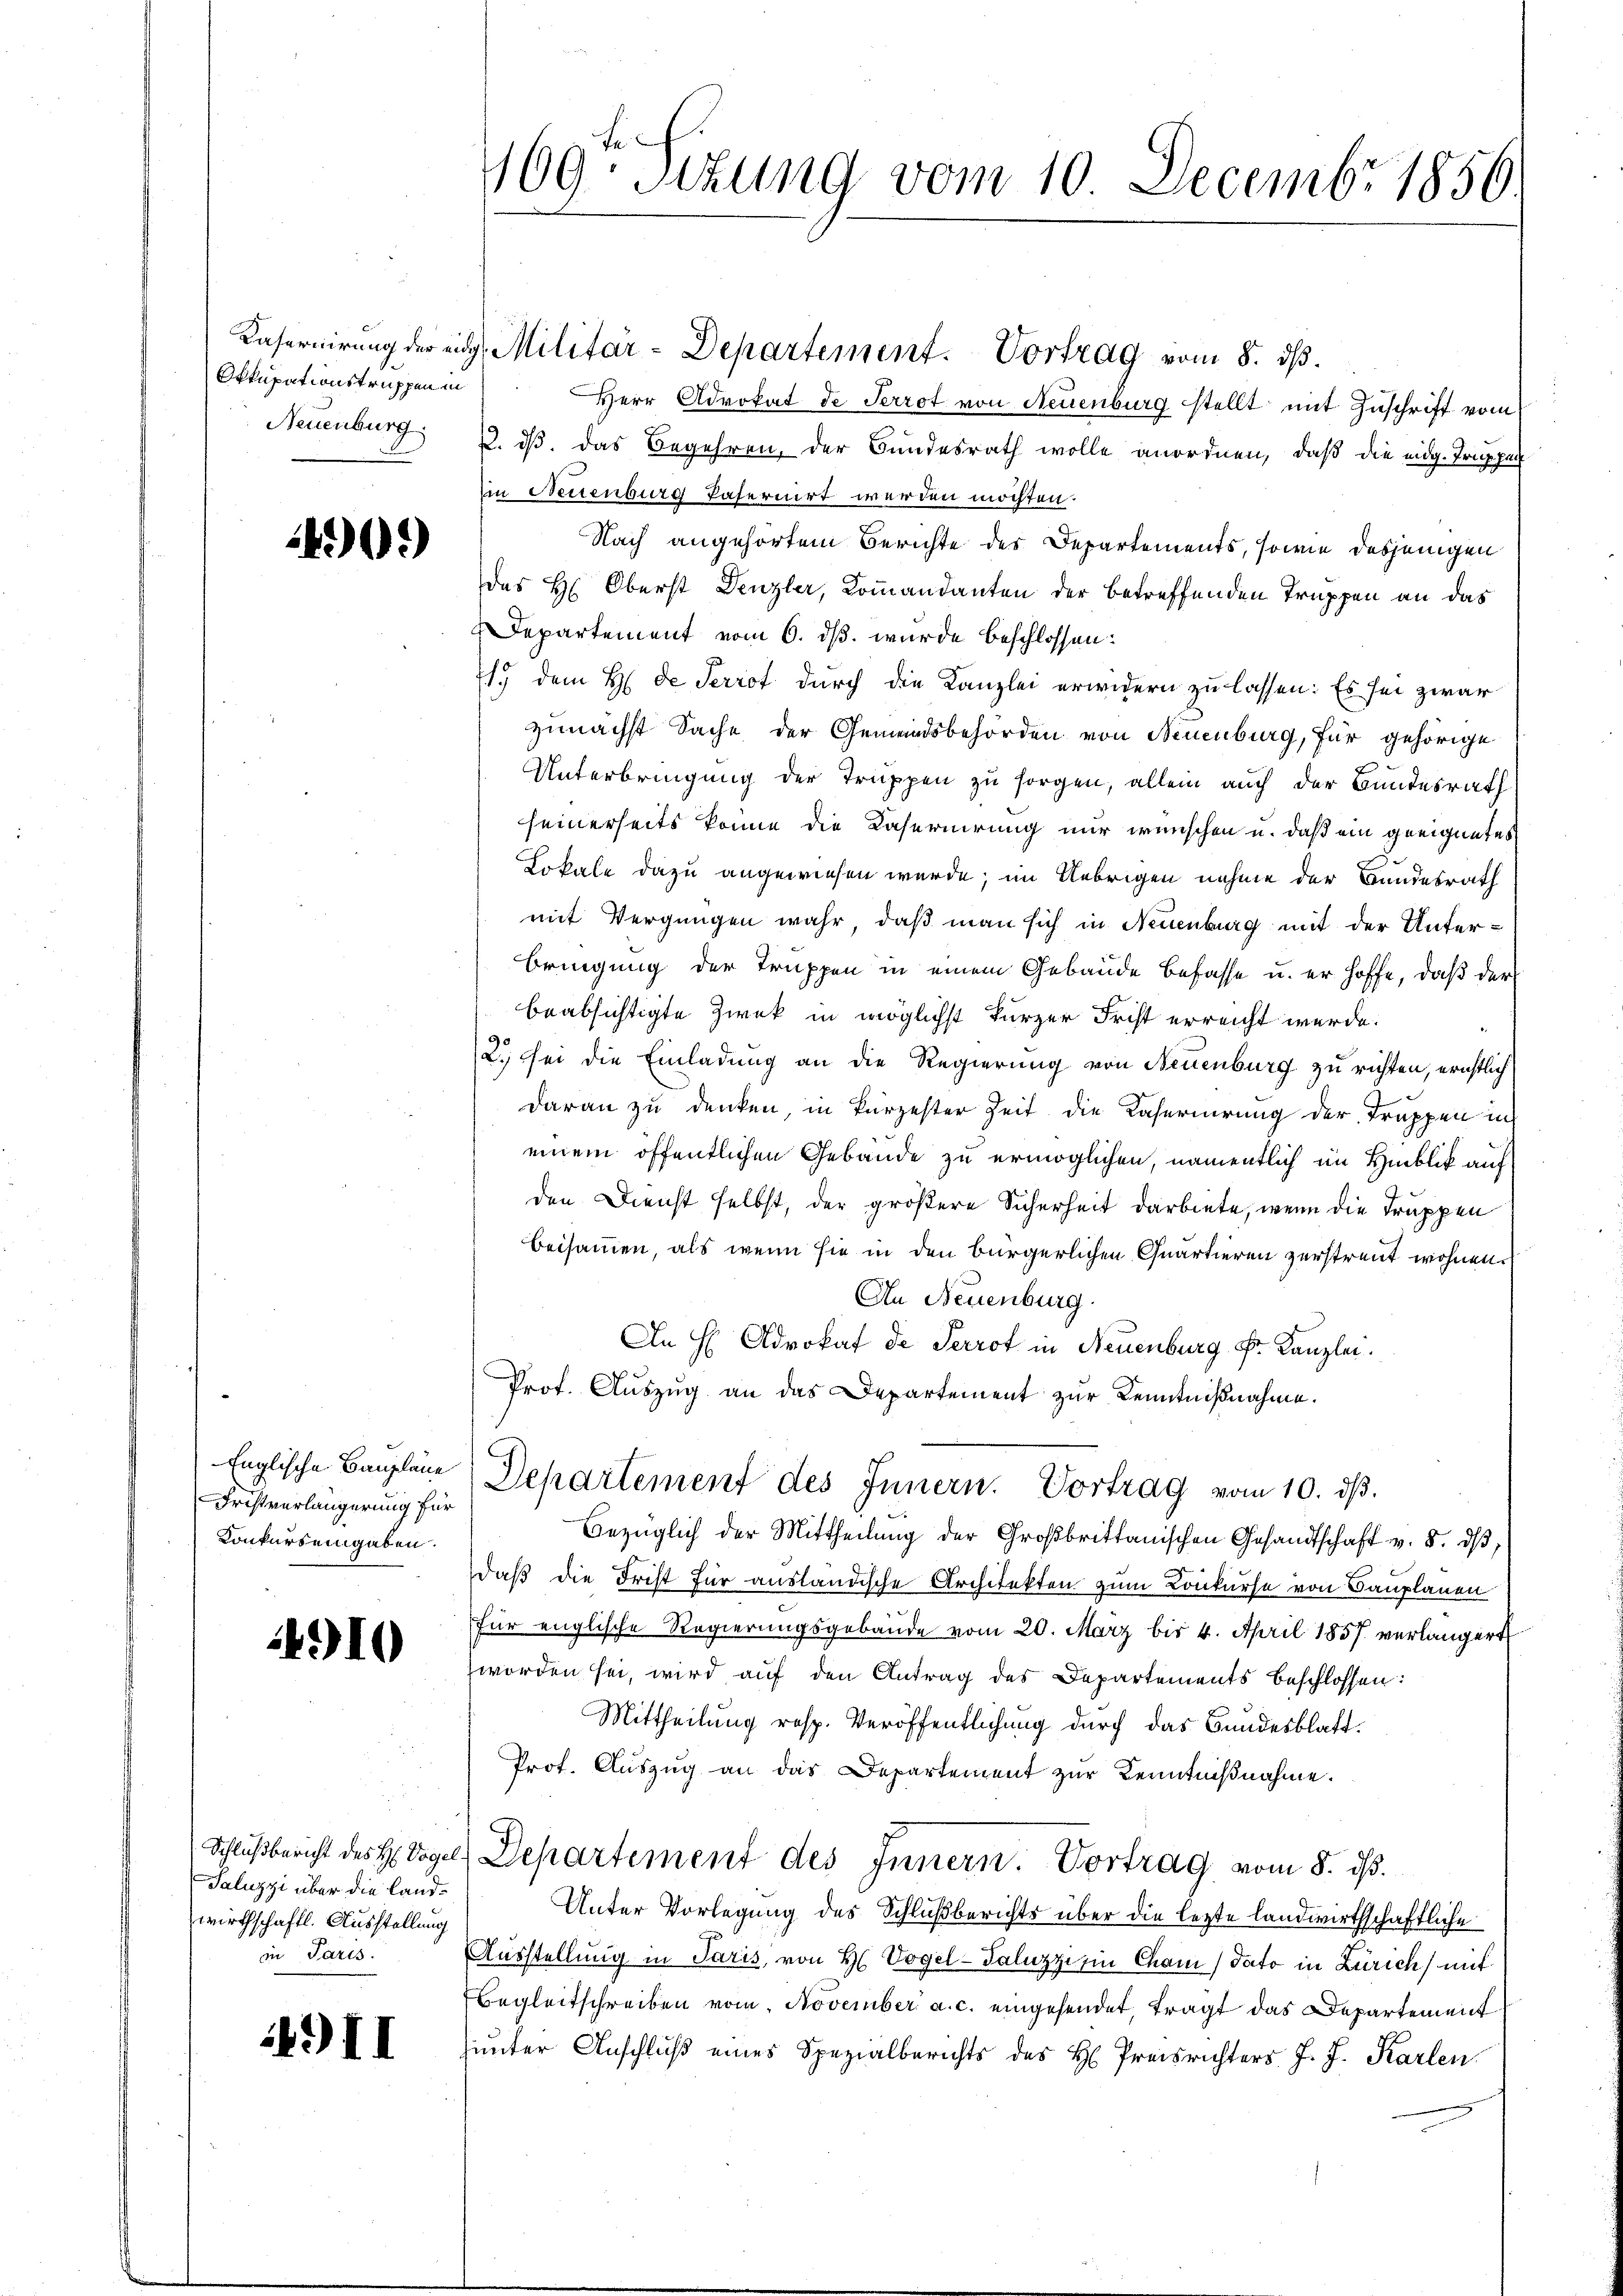
Okkupationstruppen in

490.

Englische Baupläne
Fristverlängerung für
Konkurs eingaben.

4910

Schlußbericht des H. Vogel.
Paluzzi über die Landwirthschaftl. Ausstellung
in Paris.

43 II

Herr Advokat de Perrot von Neuenburg stellt mit Zuschrift vom
Neuenburg, 2. ds. das Begehren, der Bundesrath wolle anordnen, daß die eidg. Truppen
in Neuenburg paternirt werden möchten.
Nach angehörtem Berichte des Departements, sowie desjenigen
des H. Oberst Denzler, Kommandanten der betreffenden Truppen an das
Departement vom 6. ds. wurde beschlossen:
1.) dem H. de Perrot durch die Kanzlei erwidern zu lassen: Es sei zwar
zunächst Sache der Gemeindsbehörden von Neuenburg, für gehörige
Unterbringung der Truppen zu sorgen, allein auch der Bundesrath
seinerseits könne die Kaseruirung nur wünschen u. daß ein geeignetes
Lokale dazu angewiesen wurde; im Uebrigen nehme der Bundesrath
mit Vergnügen wahr, daß man sich in Neuenburg mit der Unterbringung der Truppen in einem Gebäude befasse u. er hoffe, daß der
beabsichtigte Zwek in möglichst kurzer Frist erreicht werde.
2.) Sei die Einladung an die Regierung von Neuenburg zu richten, erichtlich
daran zu denken, in kurzester Zeit die Kaserirung der Truppen in
einem öffentlichen Gebäude zu ermöglichen, namentlich im Hinblick auf
den Dienst selbst, der größere Sicherheit darbiete, wenn die Truppen
Beisammen, als wenn sie in den bürgerlichen Quartieren zerstreut wohnen.
An Neuenburg.
An H Advokat de Perrot in Neuenburg Fr. Kanzlei.
Prof. Auszug an das Departement zur Kenntnißnahme.

169ten Sizung vom 10. Decembr 1856.

Departement des Innern. Vortrag vom 10. dß.

Kasernirung der eidg. Militär-Departement. Vortrag vom 8. ds.

Bezüglich der Mittheilung der Großbrittanischen Gesandtschaft v. 8. dβ,
daß die Frist für ausländische Architekten zum Konkurse von Bauplanen
für englische Regierungsgebäude vom 20. März bis 4. April 1857 verlängert
worden sei, wird auf den Antrag des Departements beschlossen:
Mittheilung resp. Veröffentlichung durch das Bundesblatt.
Prot. Auszug an das Departement zur Kenntniβnahme.
Departement des Innern. Vortrag vom 8. ds.
Unter Vorlegung des Schlußberichts über die lezte landwirthschaftliche
Ausstellung in Paris, von H. Vogel-Saluzzi in Cham dato in Zürich) mit
Ebegleitschreiben vom November a. c. eingesendet, trägt das Departement
hunter Anschluß eines Spezialberichts des H. Preisrichters J. J. Karlen